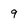
Character: 9